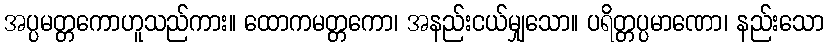
အပ္ပမတ္တကောဟူသည်ကား။ ထောကမတ္တကော၊ အနည်းငယ်မျှသော။ ပရိတ္တပ္ပမာဏော၊ နည်းသော